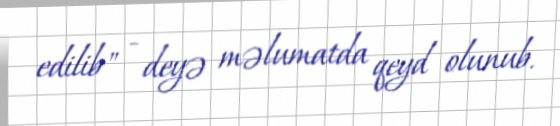
edilib" - deyə məlumatda qeyd olunub.